画像に写った文字を読んでください
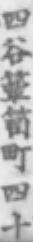
「四谷箪笥町四十」と書いてあります